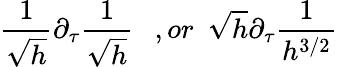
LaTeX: \frac{1}{\sqrt{h}}\partial_{\tau}\frac{1}{\sqrt{h}}\ \ \ ,or\ \ \sqrt{h}\partial_{\tau}\frac{1}{h^{3/2}}